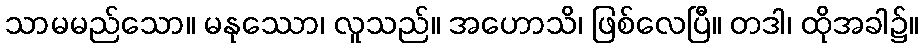
သာမမည်သော။ မနုဿော၊ လူသည်။ အဟောသိ၊ ဖြစ်လေပြီ။ တဒါ၊ ထိုအခါ၌။